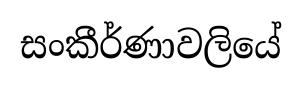
සංකීර්ණාවලියේ